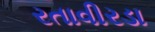
રતાવીરડા